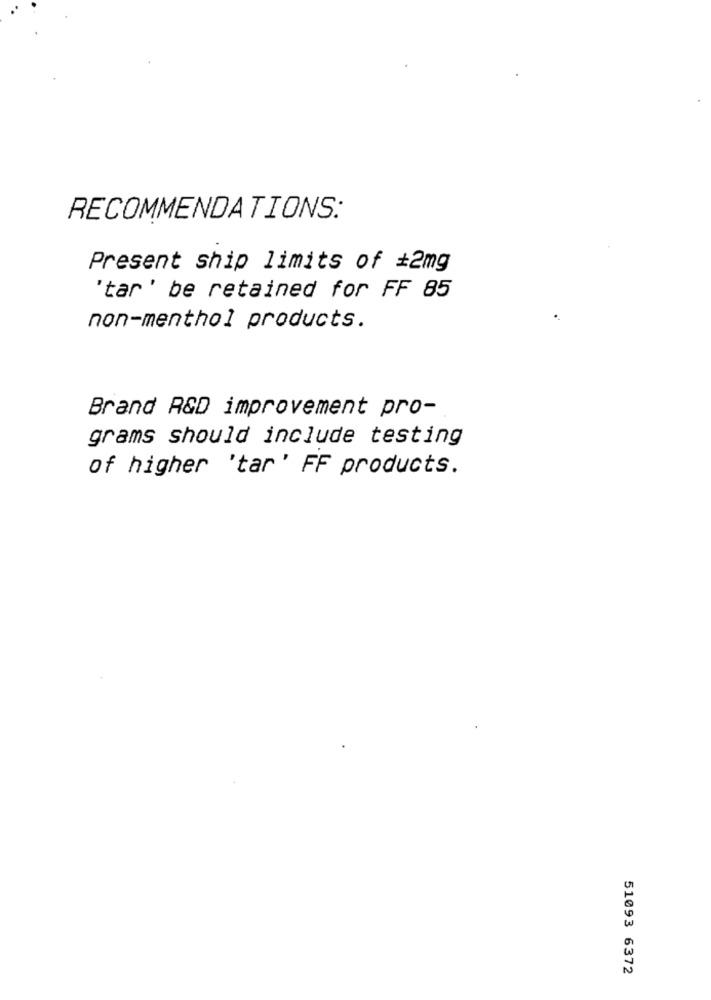
RECOMMENDATIONS:
Present ship limits of #2mg
'tar' be retained for FF 85
non-menthol products.
Brand AGD improvement pro-
grams should include testing
of higher 'tar' FF products.
51093 6372